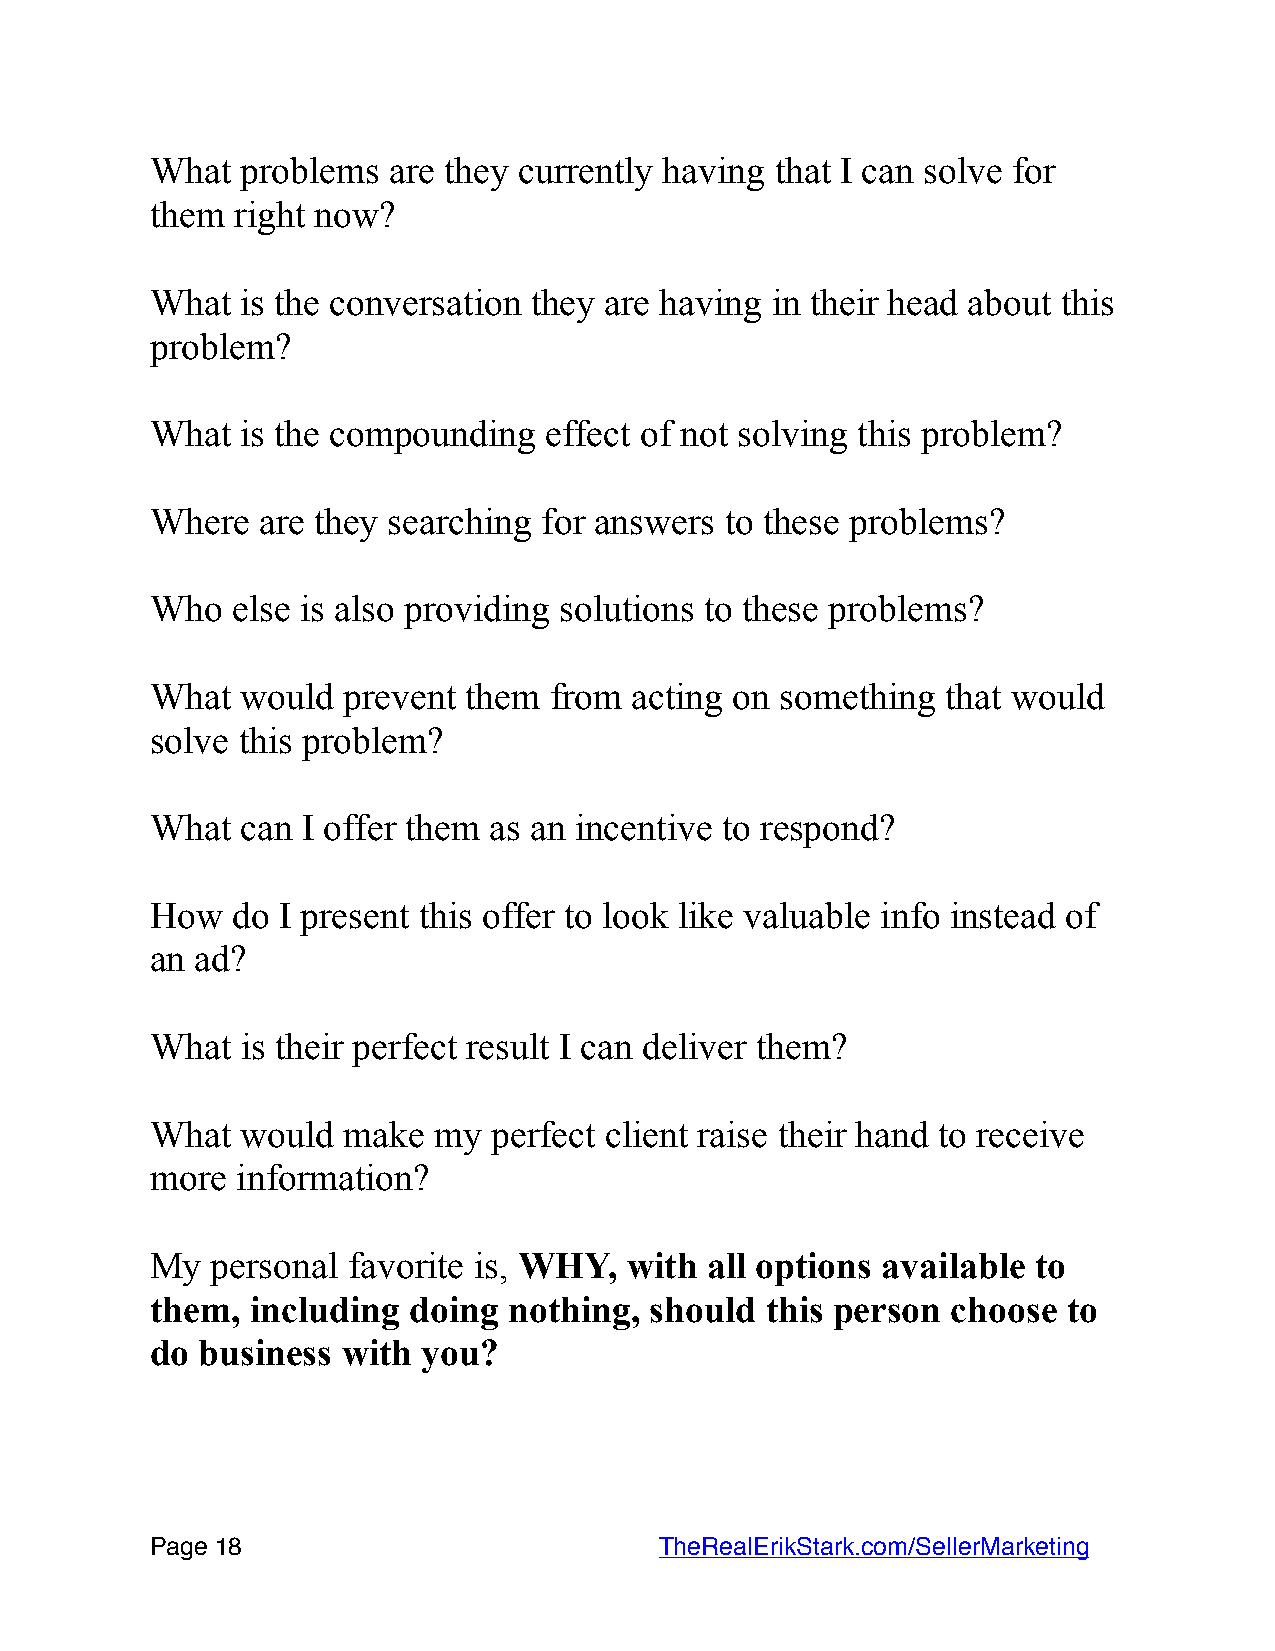
What  problems  are they currently having that I can solve for
 them  right now?
 What  is the conversation they are having in their head about this
 problem?
 What  is the compounding  effect of not solving this problem?
 Where  are they searching for answers to these problems?
 Who  else is also providing solutions to these problems?
 What  would  prevent them from  acting on something  that would
 solve this problem?
 What  can I offer them as an incentive to respond?
 How  do I present this offer to look like valuable info instead of
 an ad?
 What  is their perfect result I can deliver them?
 What  would  make  my  perfect client raise their hand to receive
 more  information?
 My  personal favorite is, WHY, with  all options available to
 them,  including doing  nothing, should  this person choose  to
 do business  with you?
 Page 1 8                         TheRealErikStark.com/SellerMarketing